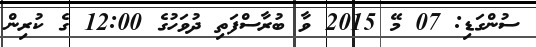
ސުންގަޑި: 07 މޭ 2015 ވާ ބުރާސްފަތި ދުވަހުގެ 12:00 ގެ ކުރިން